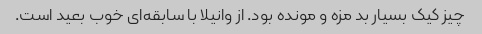
چیز کیک بسیار بد مزه و مونده بود. از وانیلا با سابقه‌ای خوب بعید است.